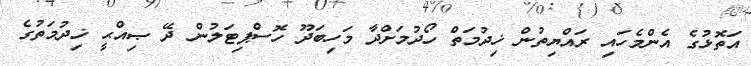
އަތޮޅުގެ އެންމެހައި ރައްޔިތުން ޚިދުމަތް ހޯދުމަށްދާ މަހިބަދޫ ހޮސްޕިޓަލުން ދޭ ޞިއްޙީ ޚިދުމަތުގެ